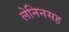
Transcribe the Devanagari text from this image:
लेनिनसह